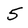
Character: 5